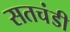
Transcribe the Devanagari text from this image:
सतचंडी